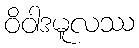
ဝိဝါဒမူလဿ